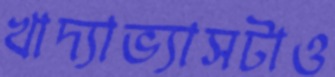
খাদ্যাভ্যাসটাও